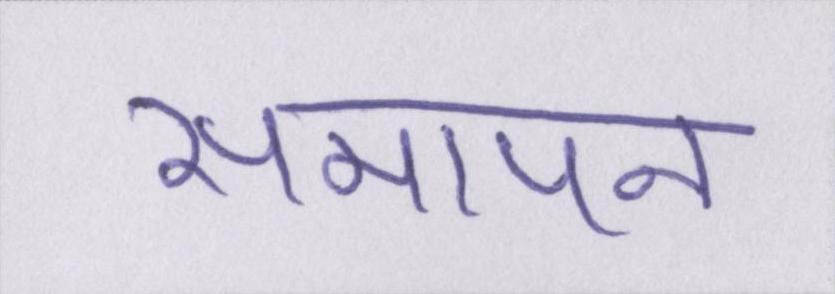
समापन